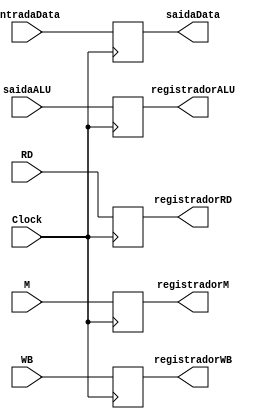
module EXMEM(
  input Clock,
  input [1:0] WB,
  input [2:0] M,
  input [4:0] RD,
  input [31:0] entradaData, saidaALU,
  output reg [2:0] registradorM,
  output reg [1:0] registradorWB,
  output reg [31:0] saidaData, registradorALU,
  output reg [4:0] registradorRD);

 initial begin
 
  registradorWB=0;
  registradorM=0;
  regirstradorALU=0;
  saidaData=0;
  registradorRD=0;

 end

 always@(posedge Clock) begin

  registradorWB <= WB;
  registradorM <= M;
  registradorALU <= saidaALU;
  registradorRD <= RD;
  saidaData <= entradaData;

 end

endmodule